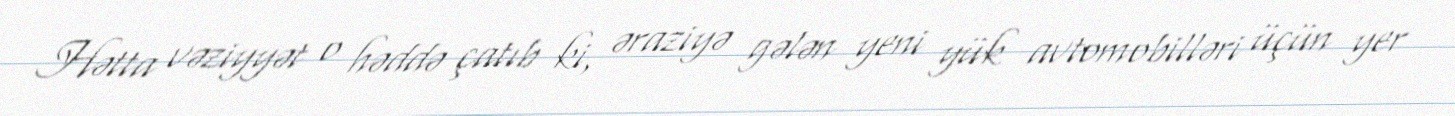
Hətta vəziyyət o həddə çatıb ki, əraziyə gələn yeni yük avtomobilləri üçün yer